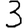
Digit: 3